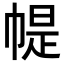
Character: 𢃰